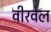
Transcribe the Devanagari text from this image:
वीरवेल